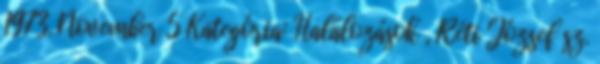
1973. November 5 Kategória: Halálozások , Réti József sz.